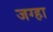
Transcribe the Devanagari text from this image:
जग्हा